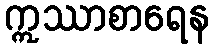
ဣဿာစာရေန